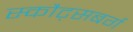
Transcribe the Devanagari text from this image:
स्कौट्सबर्ग